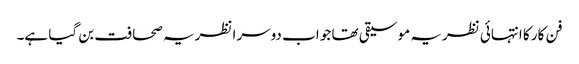
فن کار کا انتہائی نظریہ موسیقی تھا جو اب دوسرا نظریہ صحافت بن گیا ہے۔